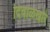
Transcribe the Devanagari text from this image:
दिवाळखोरे